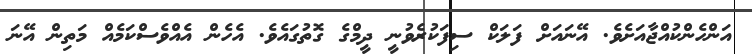
އަންހެންކުއްޖާއަށެވެ. އޭނައަށް ފަލަކް ސިފަކުރެވުނީ ދީމްގެ ގޮތުގައެވެ. އެހެން އެއްވެސްކަމެއް މަތިން އޭނަ